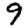
Digit: 9